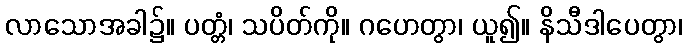
လာသောအခါ၌။ ပတ္တံ၊ သပိတ်ကို။ ဂဟေတွာ၊ ယူ၍။ နိသီဒါပေတွာ၊